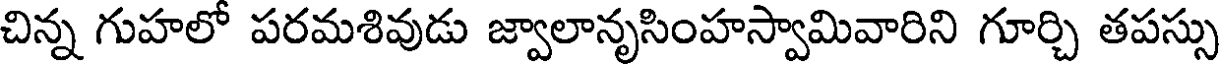
చిన్న గుహలో పరమశివుడు జ్వాలానృసింహస్వామివారిని గూర్చి తపస్సు